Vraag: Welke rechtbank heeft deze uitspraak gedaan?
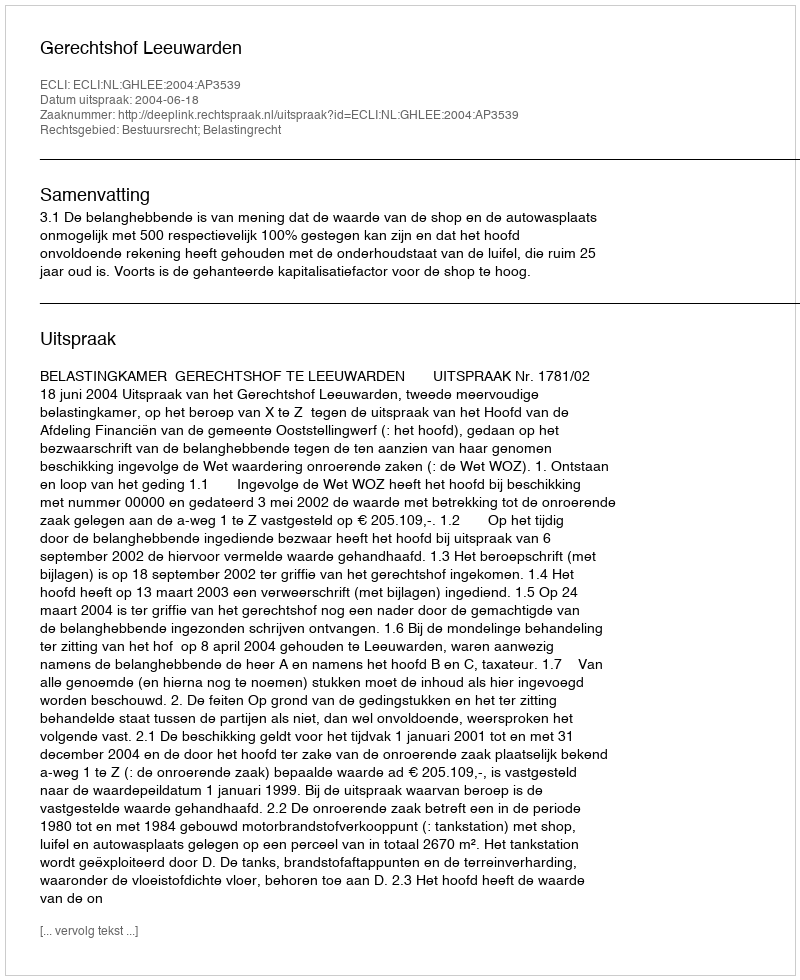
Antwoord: Gerechtshof Leeuwarden